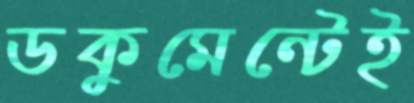
ডকুমেন্টেই